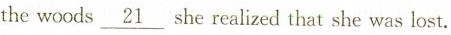
the woods \underline{21} she realized that she was lost.